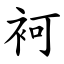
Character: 袔